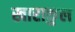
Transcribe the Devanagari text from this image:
खाराकुल